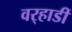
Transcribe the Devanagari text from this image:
वर्‍हाडीं